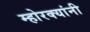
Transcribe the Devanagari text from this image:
म्होरक्‍यांनी